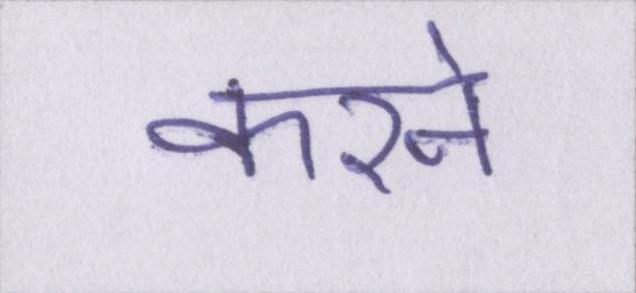
करने